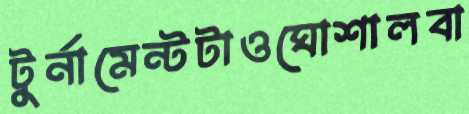
টুর্নামেন্টটাওঘোশালবা